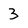
Character: 3